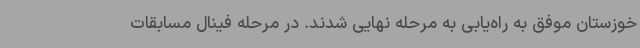
خوزستان موفق به راه‌یابی به مرحله نهایی شدند. در مرحله فینال مسابقات